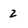
Character: 2